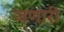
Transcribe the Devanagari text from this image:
जणारी